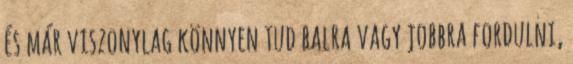
és már viszonylag könnyen tud balra vagy jobbra fordulni,